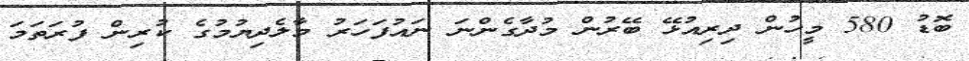
ބޮޑު 580 މީހުން ދިރިއުޅޭ ބޭރުން މުދާގެންނަ ނައުފަހަރު މާލެދިޔުމުގެ ކުރިން ފުރަތަމަ